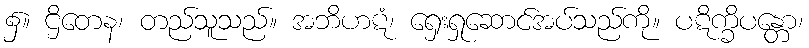
၌။ ဌိတေန၊ တည်သူသည်။ အဘိဟဋံ၊ ရှေးရှုဆောင်အပ်သည်ကို။ ပဋိက္ခိပန္တော၊